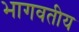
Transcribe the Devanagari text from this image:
भागवतीय